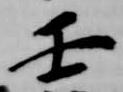
壬